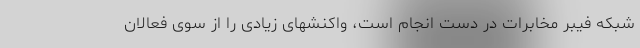
شبکه فیبر مخابرات در دست انجام است، واکنشهای زیادی را از سوی فعالان